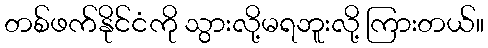
တစ်ဖက်နိုင်ငံကို သွားလို့မရဘူးလို့ ကြားတယ်။